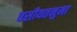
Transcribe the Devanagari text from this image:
वसीयतनुमा